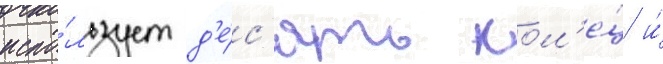
испо́льзует д'е́с'ять кол'е́ц и́